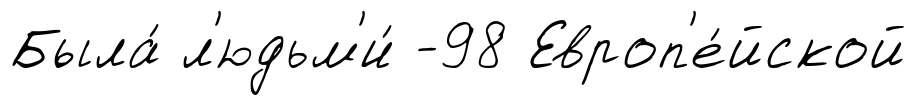
Была́ л'юдьм'и́ -98 Европ'е́йской